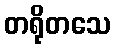
တရိုတသေ